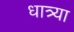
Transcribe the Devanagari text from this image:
धात्र्या